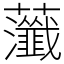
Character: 虃